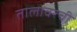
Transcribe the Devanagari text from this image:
तालावरची